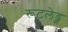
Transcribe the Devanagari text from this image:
रूटलेड्ज